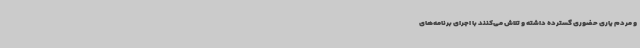
و مردم یاری حضوری گسترده داشته و تلاش می‌کنند با اجرای برنامه‌های